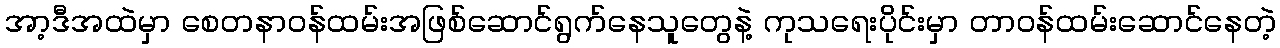
အာ့ဒီအထဲမှာ စေတနာဝန်ထမ်းအဖြစ်ဆောင်ရွက်နေသူတွေနဲ့ ကုသရေးပိုင်းမှာ တာဝန်ထမ်းဆောင်နေတဲ့